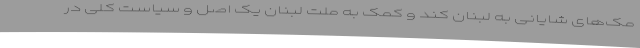
مک‌های شایانی به لبنان کند و کمک به ملت لبنان یک اصل و سیاست کلی در